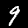
Label: 9